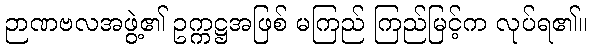
ဉာဏဗလအဖွဲ့၏ ဥက္ကဋ္ဌအဖြစ် မကြည် ကြည်မြင့်က လုပ်ရ၏။